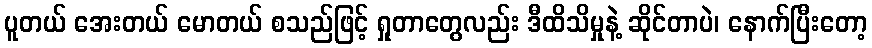
ပူတယ် အေးတယ် မောတယ် စသည်ဖြင့် ရှုတာတွေလည်း ဒီထိသိမှုနဲ့ ဆိုင်တာပဲ၊ နောက်ပြီးတော့